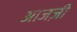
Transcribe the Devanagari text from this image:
आजज़ी